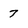
Character: 7